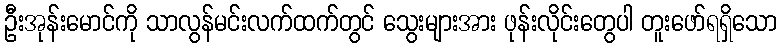
ဦးအုန်းမောင်ကို သာလွန်မင်းလက်ထက်တွင် သွေးများအား ဖုန်းလိုင်းတွေပါ တူးဖော်ရရှိသော